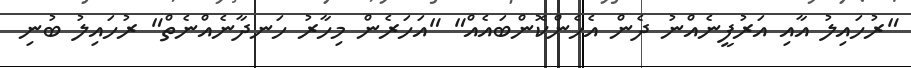
"ރުހައިލު އާއި އަރުފީނެއްނު ދެން އެހެންކޮންބައެއް" "އަހަރެން މިހާރު ހަނދާނެއްނެތް" ރުހައިލު ބުނި